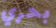
بحري